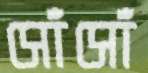
সোঁসোঁ